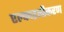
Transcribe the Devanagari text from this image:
एल्काइलीकरण